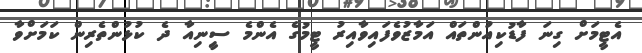
އެޓީމަށް ގިނަ ފާޑުކިއުންތައް އަމާޒުވެފައިވާއިރު ޓީމުގެ އެންމެ ސީިނިއާ ދެ ކުޅުންތެރިން ކަމަށްވާ